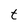
Character: t